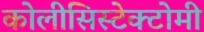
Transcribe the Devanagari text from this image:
कोलीसिस्टेक्टोमी